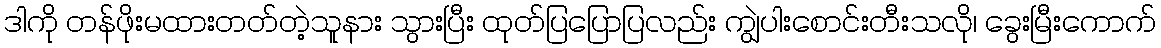
ဒါကို တန်ဖိုးမထားတတ်တဲ့သူနား သွားပြီး ထုတ်ပြပြောပြလည်း ကျွဲပါးစောင်းတီးသလို၊ ခွေးမြီးကောက်